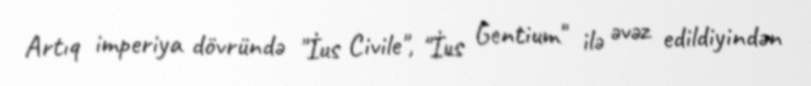
Artıq imperiya dövründə "İus Civile", "İus Gentium" ilə əvəz edildiyindən